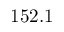
1 5 2 . 1